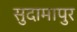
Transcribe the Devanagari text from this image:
सुदामापुर